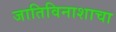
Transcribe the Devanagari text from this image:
जातिविनाशाचा